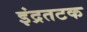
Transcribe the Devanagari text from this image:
इंद्रतटक